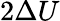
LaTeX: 2\Delta U